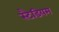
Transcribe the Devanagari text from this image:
स्टैडियम